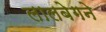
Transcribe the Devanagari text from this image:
लालबेगने